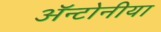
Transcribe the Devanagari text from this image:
ॲन्टोनीया